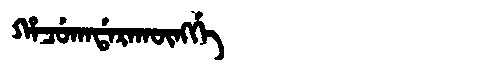
Manchu: ᡥᠠᠴᡠᡴᠠᡩᠠᡵᠠᡴᡡᠩᡤᡝ
Romanization: HACUKADARAKŪNGGE